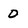
Character: 0